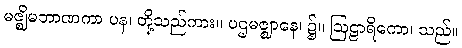
မဇ္ဈိမဘာဏကာ ပန၊ တို့သည်ကား။ ပဌမဇ္ဈာနေ၊ ၌။ ဩဠာရိကော၊ သည်။